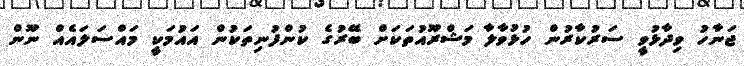
ޖަނާހު ވިދާޅުވީ ސަރުކާރުން ހުޅުވާލާ މަޝްރޫއުތަކަށް ބޭރުގެ ކުންފުނިތަކުން އައުމަކީ މައްސަލައެއް ނޫން